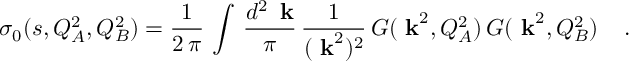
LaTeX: \sigma _ { 0 } ( s , Q _ { A } ^ { 2 } , Q _ { B } ^ { 2 } ) = { \frac { 1 } { 2 \, \pi } } \, \int \, { \frac { d ^ { 2 } \, { \mathrm { \bf ~ k } } } { \pi } } \, { \frac { 1 } { ( { { \mathrm { \bf ~ k } } } ^ { 2 } ) ^ { 2 } } } \, G ( { \mathrm { \bf ~ k } } ^ { 2 } , Q _ { A } ^ { 2 } ) \, G ( { \mathrm { \bf ~ k } } ^ { 2 } , Q _ { B } ^ { 2 } ) \; \; \; \; .